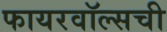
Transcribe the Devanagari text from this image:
फायरवॉल्सची